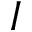
I